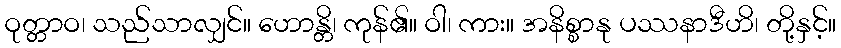
ဝုတ္တာဝ၊ သည်သာလျှင်။ ဟောန္တိ၊ ကုန်၏။ ဝါ၊ ကား။ အနိစ္စာနု ပဿနာဒီဟိ၊ တို့နှင့်။